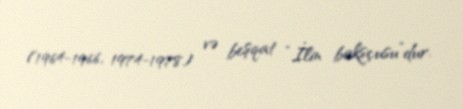
(1964-1966, 1974-1978) və beşqat “İlin boksçusu”dur.